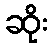
ဆိုး